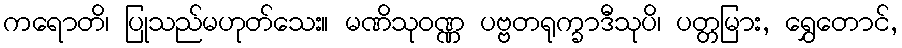
ကရောတိ၊ ပြုသည်မဟုတ်သေး။ မဏိသုဝဏ္ဏ ပဗ္ဗတရုက္ခာဒီသုပိ၊ ပတ္တမြား, ရွှေတောင်,